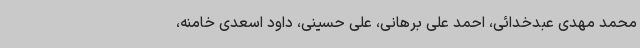
محمد مهدی عبدخدائی، احمد علی برهانی، علی حسینی، داود اسعدی خامنه،